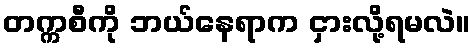
တက္ကစီကို ဘယ်နေရာက ငှားလို့ရမလဲ။